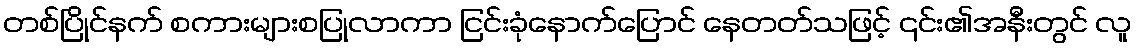
တစ်ပြိုင်နက် စကားများစပြုလာကာ ငြင်းခုံနောက်ပြောင် နေတတ်သဖြင့် ၎င်း၏အနီးတွင် လူ